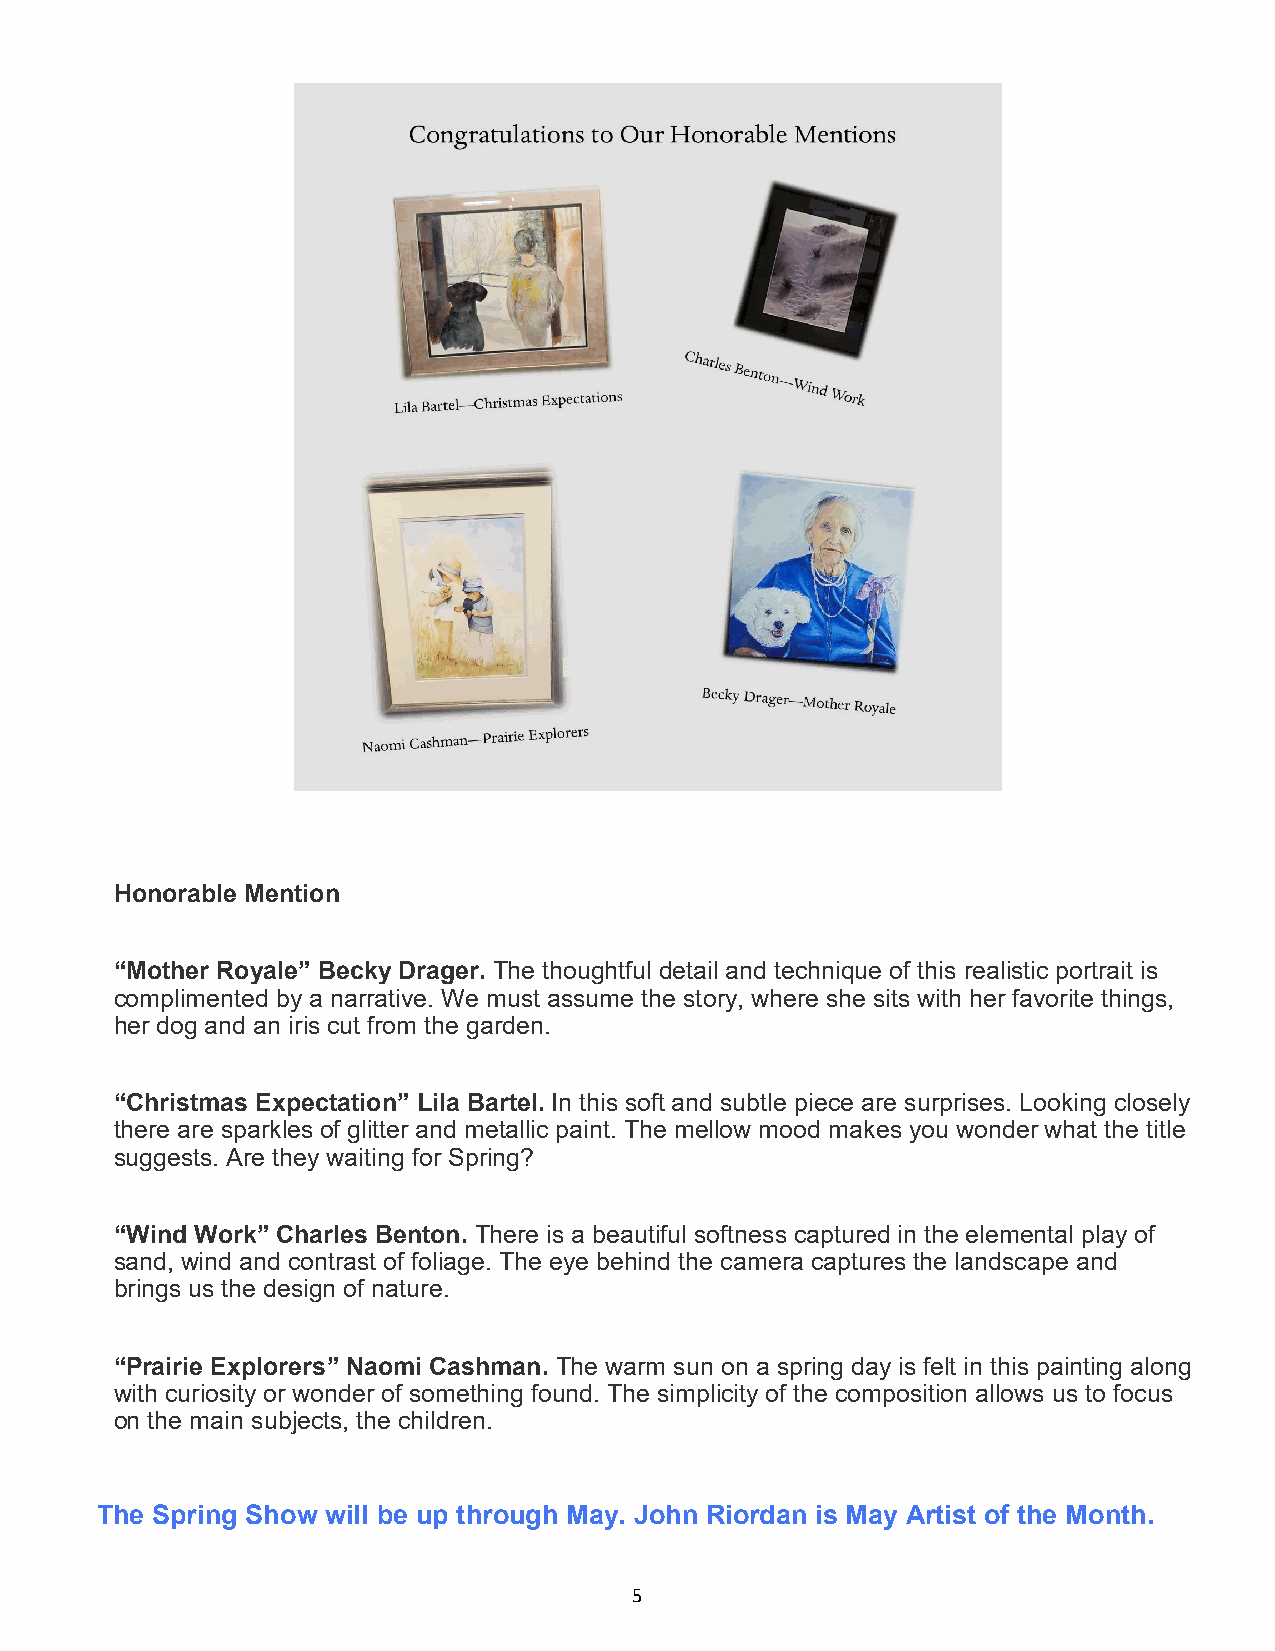
Honorable Mention
 “Mother Royale” Becky Drager. The thoughtful detail and technique of this realistic portrait is
 complimented by a narrative. We must assume the story, where she sits with her favorite things,
 her dog and an iris cut from the garden.
 “Christmas Expectation” Lila Bartel. In this soft and subtle piece are surprises. Looking closely
 there are sparkles of glitter and metallic paint. The mellow mood makes you wonder what the title
 suggests. Are they waiting for Spring?
 “Wind Work” Charles Benton. There is a beautiful softness captured in the elemental play of
 sand, wind and contrast of foliage. The eye behind the camera captures the landscape and
 brings us the design of nature.
 “Prairie Explorers” Naomi Cashman. The warm sun on a spring day is felt in this painting along
 with curiosity or wonder of something found. The simplicity of the composition allows us to focus
 on the main subjects, the children.
 The Spring Show will be up through May. John Riordan is May Artist of the Month.
 5